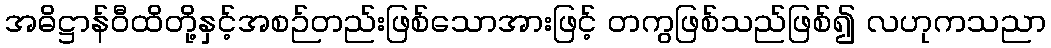
အဓိဋ္ဌာန်ဝီထိတို့နှင့်အစဉ်တည်းဖြစ်သောအားဖြင့် တကွဖြစ်သည်ဖြစ်၍ လဟုကသညာ